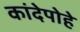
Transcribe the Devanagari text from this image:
कांदेपोहे